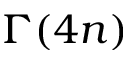
\Gamma ( 4 n )